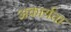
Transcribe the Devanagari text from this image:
अकार्यता